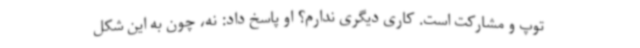
توپ و مشارکت است. کاری دیگری ندارم؟ او پاسخ داد: نه، چون به این شکل